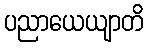
ပညာယေယျာတိ